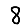
Digit: 8